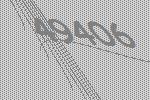
49406